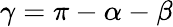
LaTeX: \gamma=\pi-\alpha-\beta